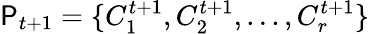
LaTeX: \mathsf{P}_{t+1}=\{ C_{1}^{t+1},C_{2}^{t+1},...,C_{r}^{t+1}\}